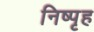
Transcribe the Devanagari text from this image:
निष्पृह